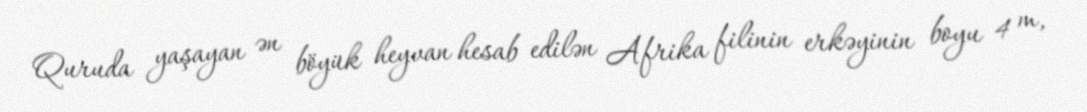
Quruda yaşayan ən böyük heyvan hesab edilən Afrika filinin erkəyinin boyu 4 m,